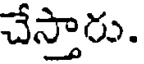
చేస్తారు.